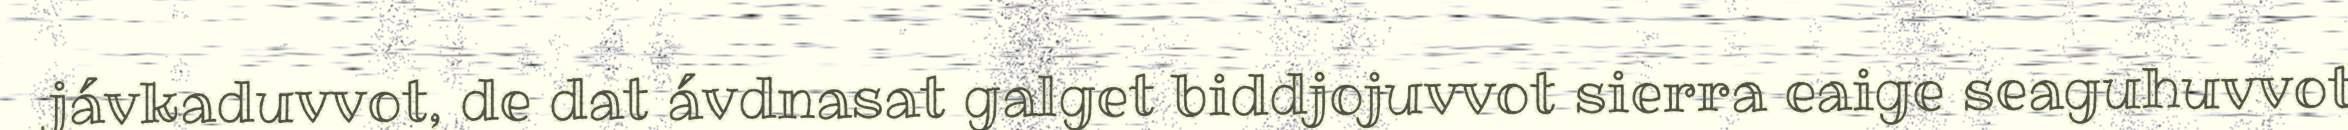
jávkaduvvot, de dat ávdnasat galget biddjojuvvot sierra eaige seaguhuvvot